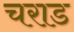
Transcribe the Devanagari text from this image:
चराड